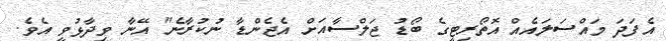
އެފަދަ މައްސަލައެއް އޮތޯރިޓީގެ ބޯޑު ޖަލްސާއަށް އެޖެންޑާ ނުކުރާނެ" އޭނާ ވިދާޅުވީ އެވެ.